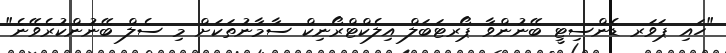
"ހައި ޕަވަރ ޑެންސިޓީ ބޭނުންވާ ޕޯރޓަބަލް އިލެކްޓްރޯނިކް ސާމާނުތަކަށް މި ސެލް ބޭނުންކުރެވޭނެ"